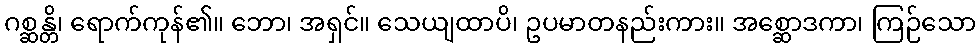
ဂစ္ဆန္တိ၊ ရောက်ကုန်၏။ ဘော၊ အရှင်။ သေယျထာပိ၊ ဥပမာတနည်းကား။ အစ္ဆောဒကာ၊ ကြဉ်သော